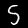
Digit: 5